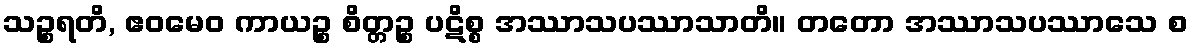
သဉ္စရတိ, ဧဝမေဝ ကာယဉ္စ စိတ္တဉ္စ ပဋိစ္စ အဿာသပဿာသာတိ။ တတော အဿာသပဿာသေ စ